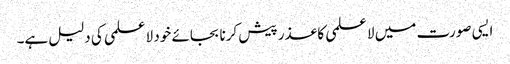
ایسی صورت میں لا علمی کا عذر پیش کرنا بجائے خود لا علمی کی دلیل ہے۔